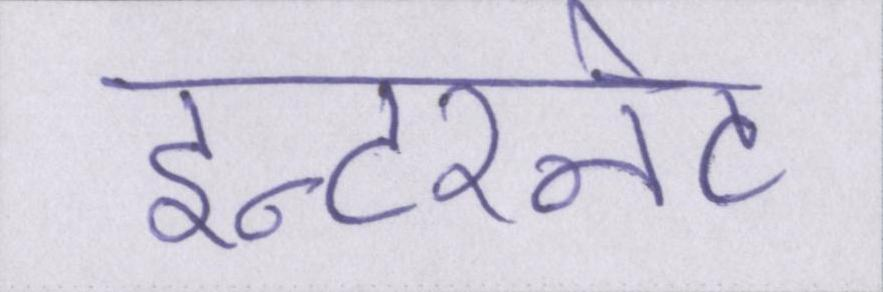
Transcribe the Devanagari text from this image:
इन्टरनेट